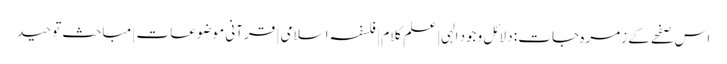
اس صفحے کے زمرہ جات : دلائل وجود الہی | علم کلام | فلسفہ اسلامی | قرآنی موضوعات | مباحث توحید